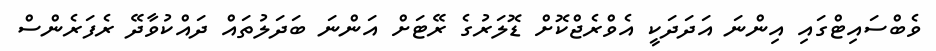
ވެބްސައިޓްގައި އިންނަ އަދަދަކީ އެވްރެޖްކޮށް ޑޮލަރުގެ ރޭޓަށް އަންނަ ބަދަލުތައް ދައްކުވާދޭ ރެފަރެންސް